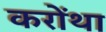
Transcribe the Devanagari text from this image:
करोंथा